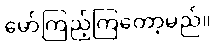
မော်ကြည့်ကြတော့မည်။